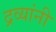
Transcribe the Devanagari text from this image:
द्रव्यांनी